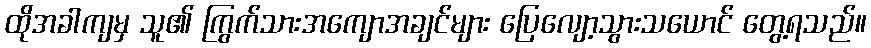
ထိုအခါကျမှ သူ၏ ကြွက်သားအကျောအချင်များ ပြေလျော့သွားသယောင် တွေ့ရသည်။